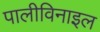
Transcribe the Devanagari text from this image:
पालीविनाइल